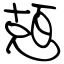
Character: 兡